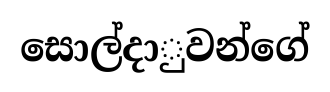
සොල්දාුවන්ගේ